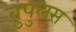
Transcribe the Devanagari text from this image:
बुपुलस